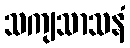
သကျသာသနံ